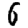
Digit: 6